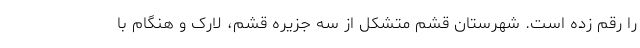
را رقم زده است. شهرستان قشم متشکل از سه جزیره قشم، لارک و هنگام با